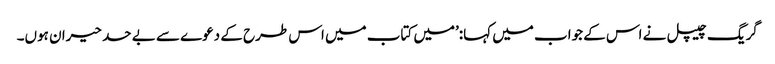
گریگ چیپل نے اس کے جواب میں کہا:’میں کتاب میں اس طرح کے دعوے سے بے حد حیران ہوں۔